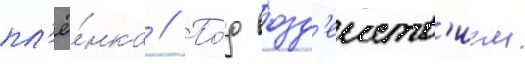
пл'ё́нка // По́д возд'еиств'ием